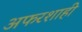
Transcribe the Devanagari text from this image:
अफरशाही